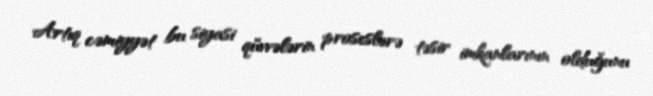
Artıq cəmiyyət bu siyasi qüvvələrin proseslərə təsir imkanlarının olduğunu